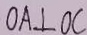
O A \bot O C